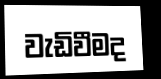
වැඩිවීමද